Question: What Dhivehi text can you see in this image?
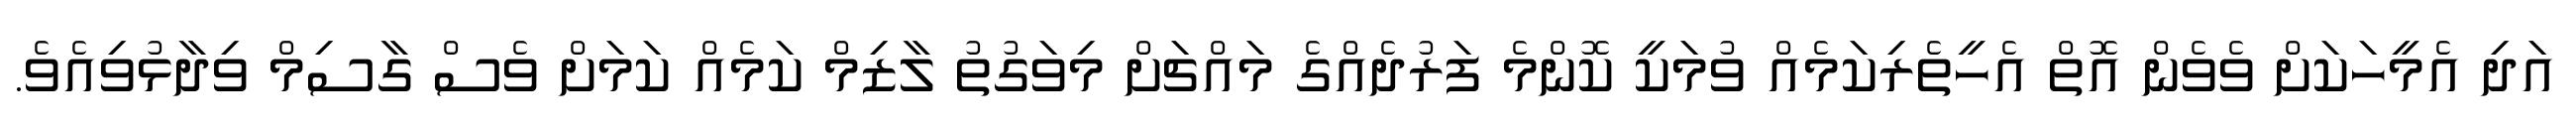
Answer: އަދި އެމީހަކަށް ވެވެން އޮތް އެހީތެރިކަމެއް ވުމަކީ ކޮންމެ ފަރުދެއްގެ މައްޗަށް މިވަގުތު ލާޒިމް ކަމެއް ކަމަށް ވެސް ގާސިމް ވިދާޅުވިއެވެ.